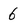
Character: 6